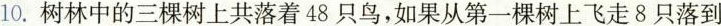
10.树林中的三棵树上共落着48只鸟，如果从第一棵树上飞走8只落到